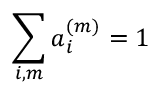
\sum _ { i , m } a _ { i } ^ { ( m ) } = 1